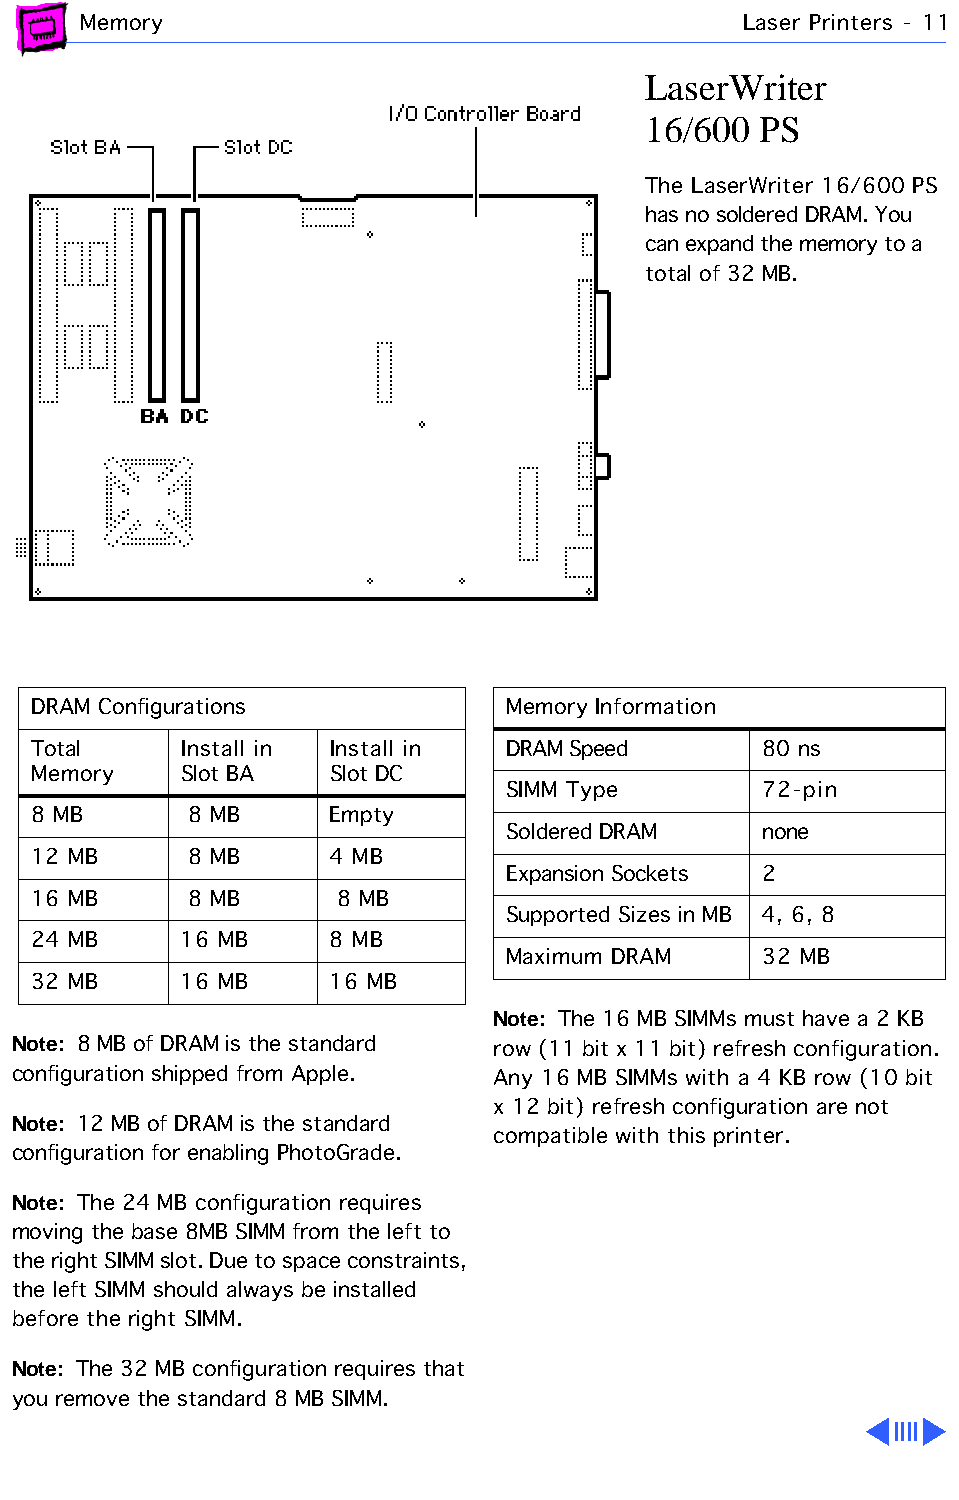
Memory                                      Laser Printers - 11
 LaserWriter
 16/600  PS
 The LaserWriter 16/600 PS
 has no soldered DRAM. You
 can expand the memory to a
 total of 32 MB.
 DRAM Configurations            Memory Information
 Total    Install in Install in DRAM Speed       80 ns
 Memory   Slot BA   Slot DC
 SIMM Type        72-pin
 8 MB      8 MB     Empty
 Soldered DRAM    none
 12 MB     8 MB     4 MB
 Expansion Sockets 2
 16 MB     8 MB      8 MB
 Supported Sizes in MB 4, 6, 8
 24 MB    16 MB     8 MB
 Maximum DRAM     32 MB
 32 MB    16 MB     16 MB
 Note: The 16 MB SIMMs must have a 2 KB
 Note: 8 MB of DRAM is the standard row (11 bit x 11 bit) refresh configuration.
 configuration shipped from Apple. Any 16 MB SIMMs with a 4 KB row (10 bit
 x 12 bit) refresh configuration are not
 Note: 12 MB of DRAM is the standard
 compatible with this printer.
 configuration for enabling PhotoGrade.
 Note: The 24 MB configuration requires
 moving the base 8MB SIMM from the left to
 the right SIMM slot. Due to space constraints,
 the left SIMM should always be installed
 before the right SIMM.
 Note: The 32 MB configuration requires that
 you remove the standard 8 MB SIMM.